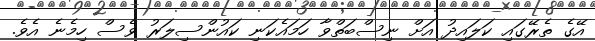
އޭގެ ތެރޭގައި ކަލައިދު އަށް ނިސްބަތްވާ ހަމައެކަނި ކައުންސިލަރު ވެސް ހިމެނެ އެވެ.